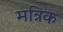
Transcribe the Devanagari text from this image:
मत्रिक